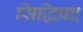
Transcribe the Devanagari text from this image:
सिद्धिप्रद